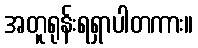
အတူရုန်းရရှာပါတကား။